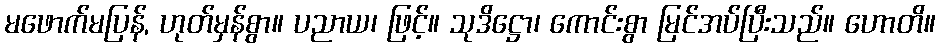
မဖောက်မပြန်, ဟုတ်မှန်စွာ။ ပညာယ၊ ဖြင့်။ သုဒိဋ္ဌော၊ ကောင်းစွာ မြင်အပ်ပြီးသည်။ ဟောတိ။